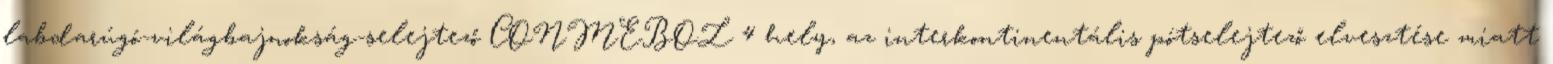
labdarúgó-világbajnokság-selejtező CONMEBOL 4 hely, az interkontinentális pótselejtező elvesztése miatt